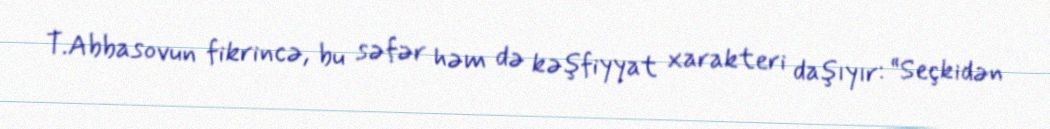
T.Abbasovun fikrincə, bu səfər həm də kəşfiyyat xarakteri daşıyır: “Seçkidən